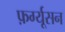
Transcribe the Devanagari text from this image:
फ़र्ग्यूसन